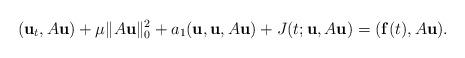
LaTeX: \begin{align*}(\mathbf{u}_t,A\mathbf{u})+\mu \|A\mathbf{u}\|_0^2+a_1(\mathbf{u},\mathbf{u},A\mathbf{u})+J(t;\mathbf{u},A\mathbf{u})=(\mathbf{f}(t),A\mathbf{u}).\end{align*}